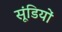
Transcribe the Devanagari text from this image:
सूंडियों